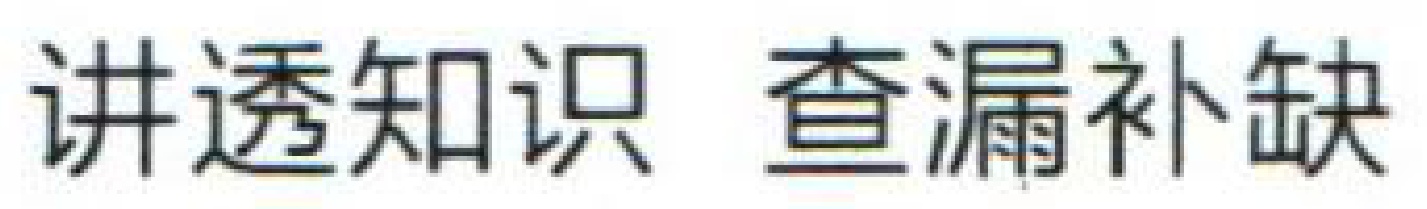
讲透知识 查漏补缺